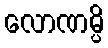
လောဏမ္ပိ